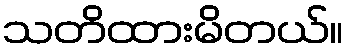
သတိထားမိတယ်။